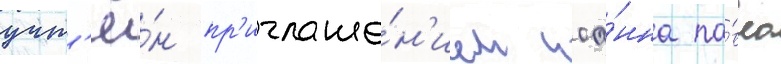
учт'ё́н пр'иглаше́н'ием иоа́нна па́вла